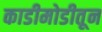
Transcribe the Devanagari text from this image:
काडीमोडीतून